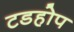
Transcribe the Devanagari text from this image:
टडहोप